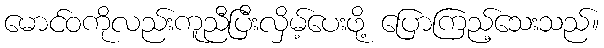
မောင်ဝကိုလည်းကူညီပြီးလှိမ့်ပေးဖို့ ပြောကြည့်သေးသည်။